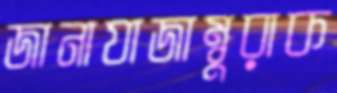
জানাযাজাম্বুরাক